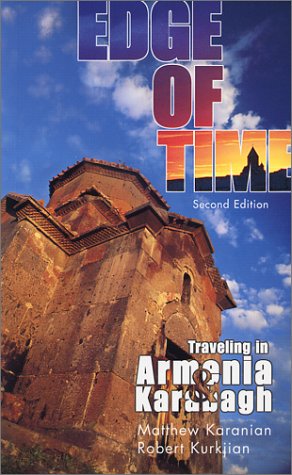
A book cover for Edge of Time: Traveling in Armenia and Karabagh (Revised Second Edition); Matthew Karanian; Travel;